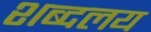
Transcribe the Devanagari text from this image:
शब्दलय